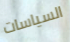
السياسات